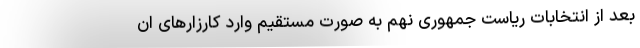
بعد از انتخابات ریاست جمهوری نهم به صورت مستقیم وارد کارزارهای ان